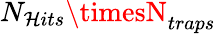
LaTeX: N_{\mathcal{H}its}\timesN_{traps}